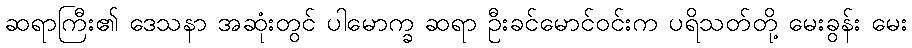
ဆရာကြီး၏ ဒေသနာ အဆုံးတွင် ပါမောက္ခ ဆရာ ဦးခင်မောင်ဝင်းက ပရိသတ်တို့ မေးခွန်း မေး